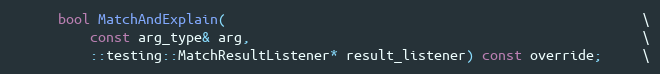
Language: C
      bool MatchAndExplain(                                                    \
          const arg_type& arg,                                                 \
          ::testing::MatchResultListener* result_listener) const override;     \